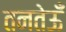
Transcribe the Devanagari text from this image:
तनतेऊँ